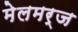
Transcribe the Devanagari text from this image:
मेलमर्ज